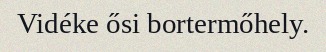
Vidéke ősi bortermőhely.